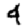
Digit: 4